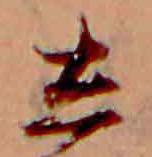
し